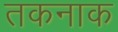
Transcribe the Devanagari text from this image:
तकनाक